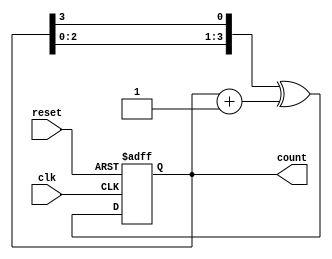
module Gray_Code_Counter (
    input clk,
    input reset,
    output reg [3:0] count
);

reg [3:0] next_count;

always @(posedge clk or posedge reset)
begin
    if (reset) begin
        count <= 4'b0000;
    end
    else begin
        next_count = count + 1;
        count <= {count[2:0], count[3]} ^ next_count; // XOR operation to generate Gray code
    end
end

endmodule